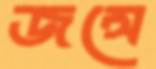
জন্সে